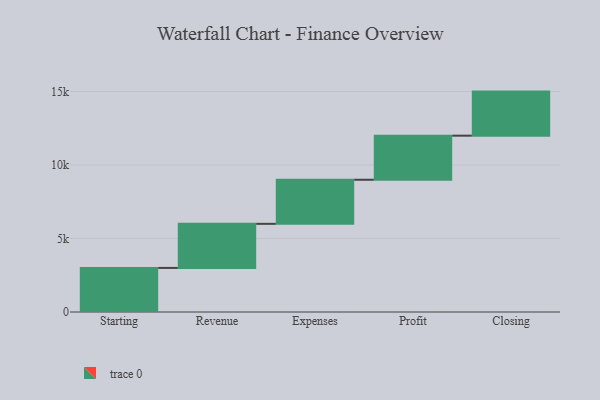
{"axis": {"x": "Step", "y": "Value"}, "legend": [""], "data": [{"x": "Starting", "y": 3000, "type": ""}, {"x": "Revenue", "y": 3000, "type": ""}, {"x": "Expenses", "y": 3000, "type": ""}, {"x": "Profit", "y": 3000, "type": ""}, {"x": "Closing", "y": 3000, "type": ""}]}